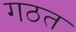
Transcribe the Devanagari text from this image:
गठत